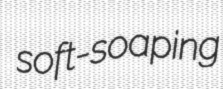
soft-soaping